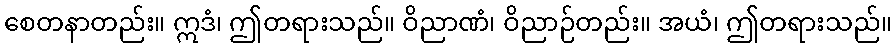
စေတနာတည်း။ ဣဒံ၊ ဤတရားသည်။ ဝိညာဏံ၊ ဝိညာဉ်တည်း။ အယံ၊ ဤတရားသည်။